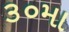
૩૦મા